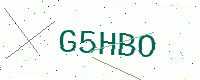
Text: G5HBO